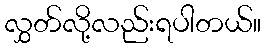
လွှတ်လို့လည်းရပါတယ်။